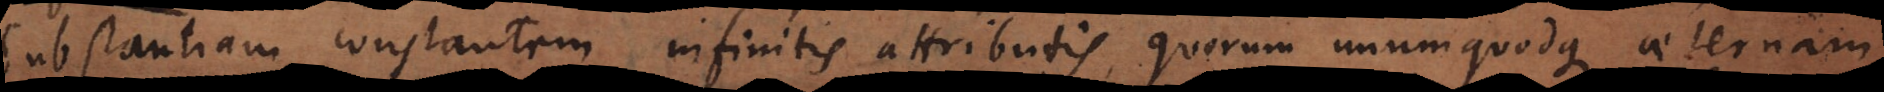
substantiam constantem infinitis attributis, quorum unumquodque aeternam